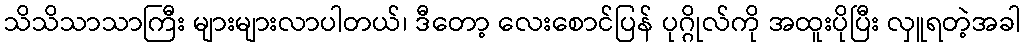
သိသိသာသာကြီး များများလာပါတယ်၊ ဒီတော့ လေးစောင်ပြန် ပုဂ္ဂိုလ်ကို အထူးပိုပြီး လှူရတဲ့အခါ